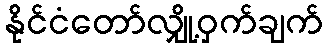
နိုင်ငံတော်လျှို့ဝှက်ချက်